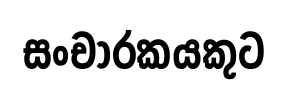
සංචාරකයකුට